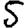
Digit: 5